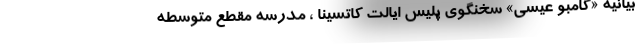
بیانیه «گامبو عیسی» سخنگوی پلیس ایالت کاتسینا ، مدرسه مقطع متوسطه